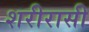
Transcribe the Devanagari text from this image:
शरीरासी